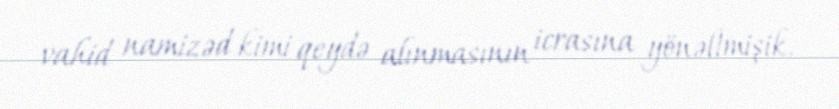
vahid namizəd kimi qeydə alınmasının icrasına yönəltmişik.